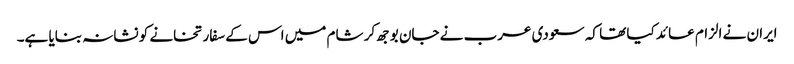
ایران نے الزام عائد کیا تھا کہ سعودی عرب نے جان بوجھ کر شام میں اس کے سفارتخانے کو نشانہ بنایا ہے۔